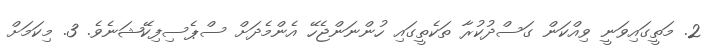
2. މަތީގައިވަނީ ވިއްކަން ގަސްދުކުރާ ތަކެތީގައި ހުންނަންޖެހޭ އެންމެދަށް ސްޕެސިފިކޭޝަނެވެ. 3. މިކަމަށް